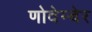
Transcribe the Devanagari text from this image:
णोवेम्बेर